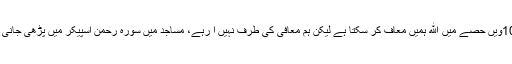
ﷲ کے راضی ہونے کا سوال کیا تو ان کا کہنا تھا کہ ایک سیکنڈ کے 100ویں حصے میں ﷲ ہمیں معاف کر سکتا ہے لیکن ہم معافی کی طرف نہیں آ رہے، مساجد میں سورہ رحمٰن اسپیکر میں پڑھی جانی چاہئے، حکومت کورونا مریضوں کو سورہ رحمٰن سنانے کا اہتمام کرے۔